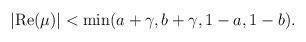
LaTeX: \begin{align*}\left| \mbox{Re}(\mu )\right| <\min (a+\gamma ,b+\gamma ,1-a,1-b).\end{align*}